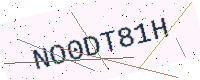
Text: NO0DT81H